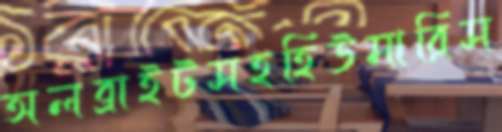
অলব্রাইটসহহিউমারিস